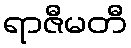
ရာဇီမတီ